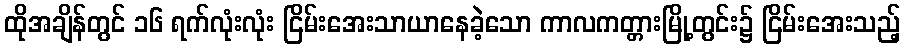
ထိုအချိန်တွင် ၁၆ ရက်လုံးလုံး ငြိမ်းအေးသာယာနေခဲ့သော ကာလကတ္တားမြို့တွင်း၌ ငြိမ်းအေးသည့်